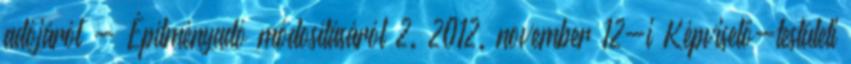
adójáról - Építményadó módosításáról 2. 2012. november 12-i Képviselő-testületi